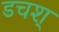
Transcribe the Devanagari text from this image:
डचश्